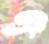
এ